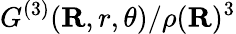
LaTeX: {G^{(3)}}(\mathbf{R},r,\theta)/\rho(\mathbf{R})^{3}